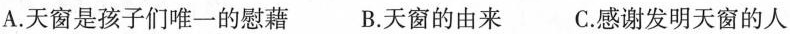
A.天窗是孩子们唯一的慰藉 B.天窗的由来